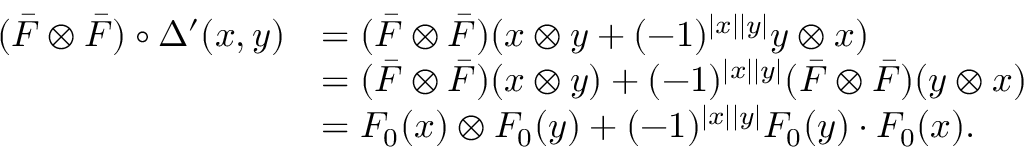
\begin{array} { r l } { ( \Bar { F } \otimes \Bar { F } ) \circ \Delta ^ { \prime } ( x , y ) } & { = ( \Bar { F } \otimes \Bar { F } ) ( x \otimes y + ( - 1 ) ^ { | x | | y | } y \otimes x ) } \\ & { = ( \Bar { F } \otimes \Bar { F } ) ( x \otimes y ) + ( - 1 ) ^ { | x | | y | } ( \Bar { F } \otimes \Bar { F } ) ( y \otimes x ) } \\ & { = F _ { 0 } ( x ) \otimes F _ { 0 } ( y ) + ( - 1 ) ^ { | x | | y | } F _ { 0 } ( y ) \cdot F _ { 0 } ( x ) . } \end{array}